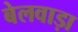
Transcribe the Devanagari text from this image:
बेलवाड़ा